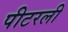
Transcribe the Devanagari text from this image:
पीटरली